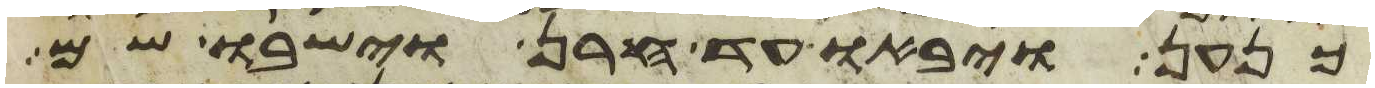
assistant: כנען ויבאו עד חרן וישבו שם